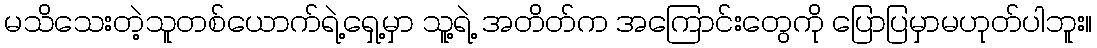
မသိသေးတဲ့သူတစ်ယောက်ရဲ့ရှေ့မှာ သူ့ရဲ့ အတိတ်က အကြောင်းတွေကို ပြောပြမှာမဟုတ်ပါဘူး။